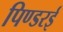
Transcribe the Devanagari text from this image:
पिण्डरई